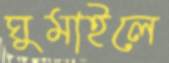
ঘুমাইলে